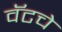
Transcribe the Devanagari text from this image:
वॅटचे